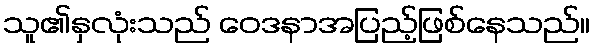
သူ၏နှလုံးသည် ဝေဒနာအပြည့်ဖြစ်နေသည်။